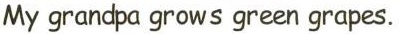
My grandpa grows green grapes.